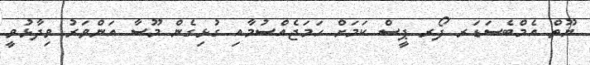
ޔޫތް އެމްބެސަޑަރ ފޯރ ޕީސް ކަމަށް ހަމަޖެއްސުމާއި ގުޅިގެން މޫސާ އަންވަރު ވިދާޅުވީ